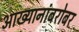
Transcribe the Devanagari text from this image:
आख्यानांबरोबर